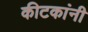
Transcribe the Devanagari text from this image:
कीटकांनी